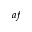
^ { a f }